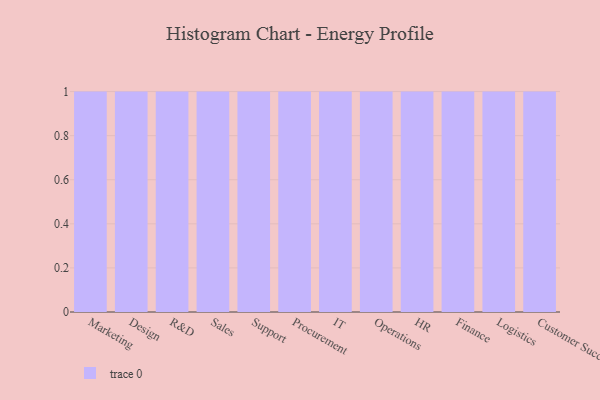
{"axis": {"x": "Department", "y": "Humidity (%)"}, "legend": [""], "data": [{"x": "Marketing", "y": 28, "type": ""}, {"x": "Design", "y": 82, "type": ""}, {"x": "R&D", "y": 94, "type": ""}, {"x": "Sales", "y": 24, "type": ""}, {"x": "Support", "y": 74, "type": ""}, {"x": "Procurement", "y": 38, "type": ""}, {"x": "IT", "y": 82, "type": ""}, {"x": "Operations", "y": 47, "type": ""}, {"x": "HR", "y": 72, "type": ""}, {"x": "Finance", "y": 14, "type": ""}, {"x": "Logistics", "y": 93, "type": ""}, {"x": "Customer Success", "y": 21, "type": ""}]}